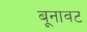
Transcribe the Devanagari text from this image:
बूनावट